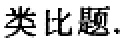
类比题.